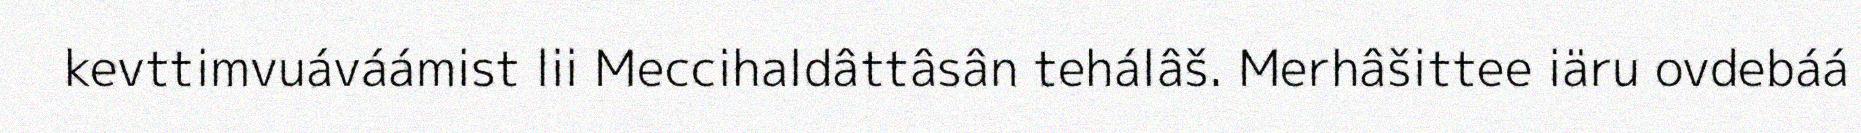
kevttimvuáváámist lii Meccihaldâttâsân tehálâš. Merhâšittee iäru ovdebáá